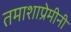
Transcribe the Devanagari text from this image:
तमाशाप्रेमीनी